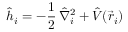
\hat { h } _ { i } = - \frac { 1 } { 2 } \, \hat { \nabla } _ { i } ^ { 2 } + \hat { V } ( \vec { r } _ { i } )